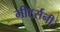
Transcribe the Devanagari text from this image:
मीटर्सनी